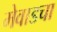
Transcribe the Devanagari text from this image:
मेवाडचा